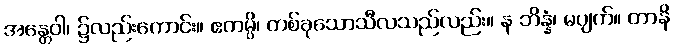
အန္တေဝါ၊ ၌လည်းကောင်း။ ဧကမ္ပိ၊ တစ်ခုသောသီလသည်လည်း။ န ဘိန္နံ၊ မပျက်။ တာနိ